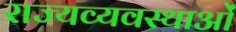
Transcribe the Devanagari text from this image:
राज्यव्यवस्थाओं